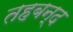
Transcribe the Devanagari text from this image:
तहबन्द